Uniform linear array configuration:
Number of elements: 12
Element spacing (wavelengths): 1
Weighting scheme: hann
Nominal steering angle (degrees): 0
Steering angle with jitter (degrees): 0.8985
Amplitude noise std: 0.05
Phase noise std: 0.05

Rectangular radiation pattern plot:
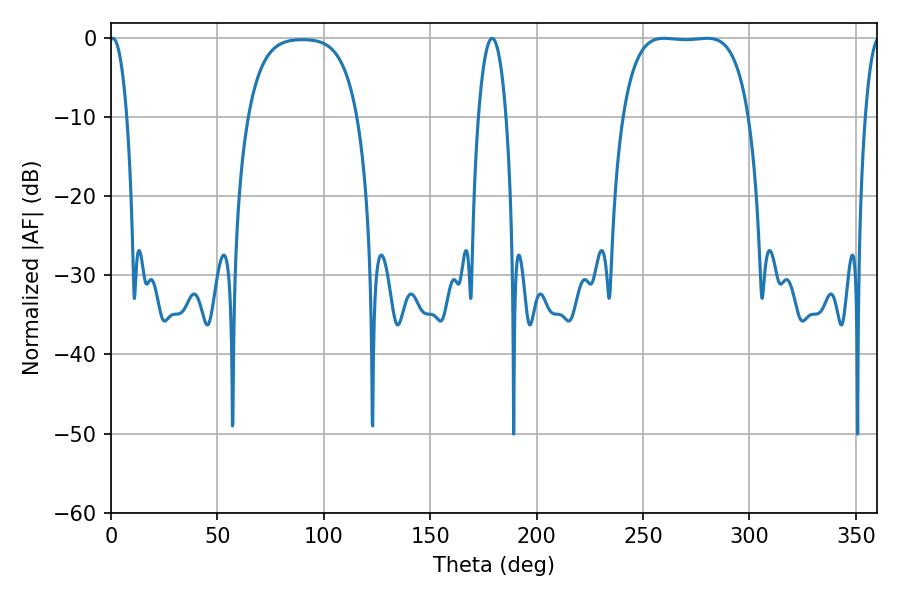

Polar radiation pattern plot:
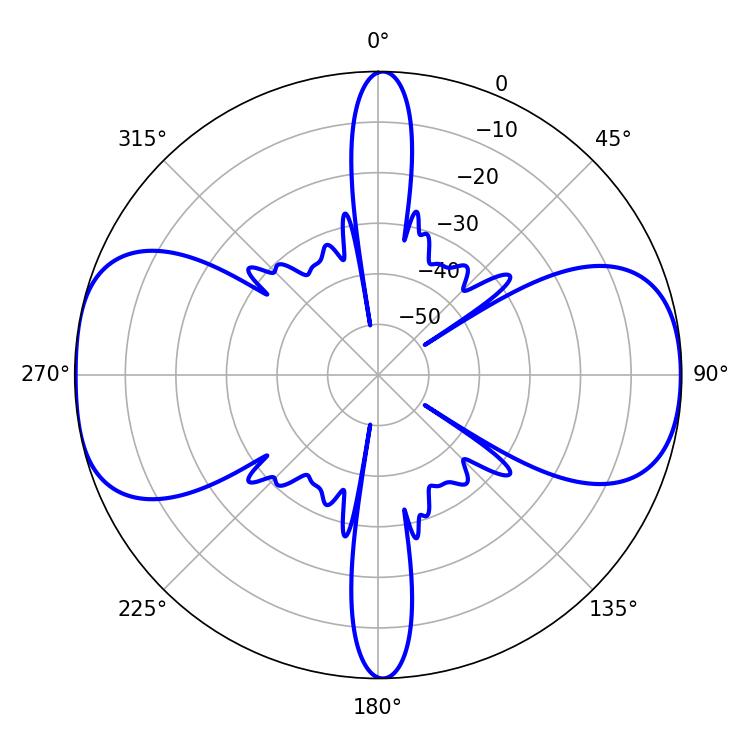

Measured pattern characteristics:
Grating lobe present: TRUE
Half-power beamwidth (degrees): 4.5
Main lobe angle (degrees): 0.9